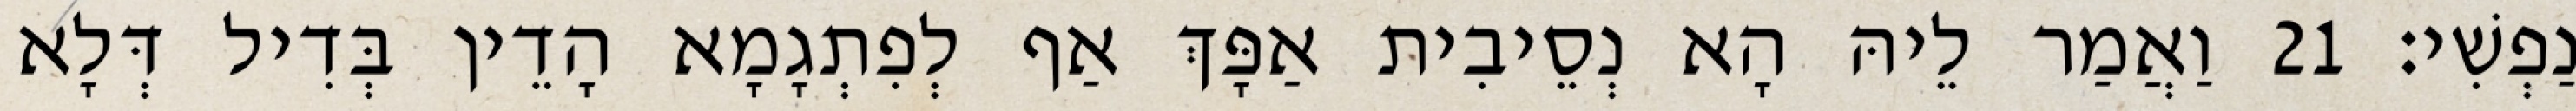
נַפְשִׁי׃ 21 וַאֲמַר לֵיהּ הָא נְסֵיבִית אַפָּךְ אַף לְפִתְגָמָא הָדֵין בְּדִיל דְּלָא